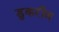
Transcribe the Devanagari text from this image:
डुकरीण